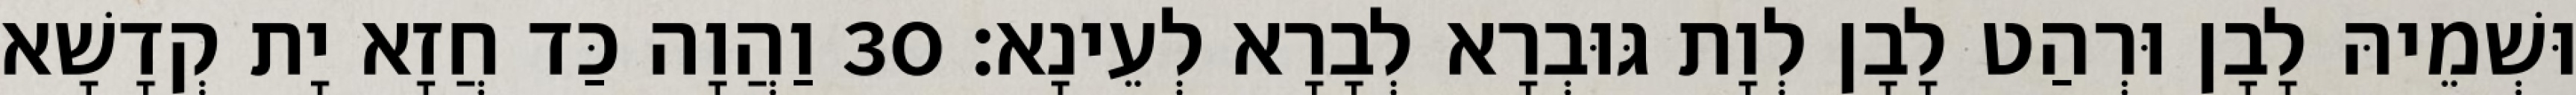
וּשְׁמֵיהּ לָבָן וּרְהַט לָבָן לְוָת גּוּבְרָא לְבָרָא לְעֵינָא׃ 30 וַהֲוָה כַּד חֲזָא יָת קְדָשָׁא